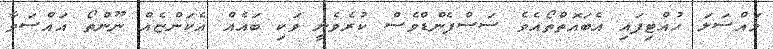
މައްސަލަ ހުއްޓިފައި އެބައޮތްތޯއެވެ ސަސްޕެންޑްވެސް ކުރެވެނީ ވަކި ބައެއް އެކަންޏެއް ނޫންތޯ އައްސަވާ